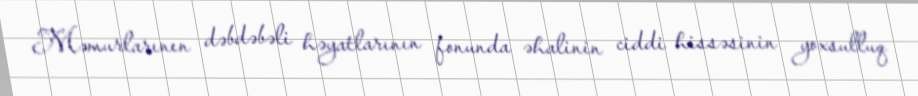
Məmurlarının dəbdəbəli həyatlarının fonunda əhalinin ciddi hissəsinin yoxsulluq